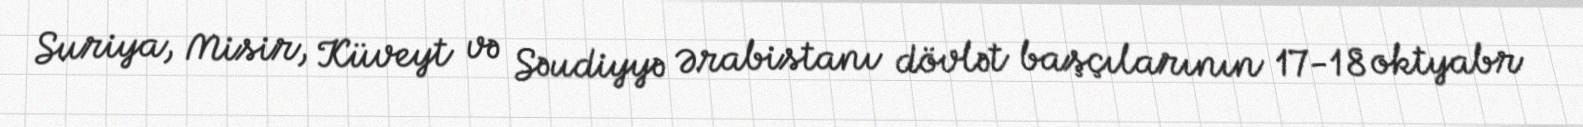
Suriya, Misir, Küveyt və Səudiyyə Ərabistanı dövlət başçılarının 17-18 oktyabr